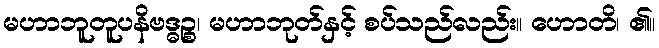
မဟာဘူတူပနိဗဒ္ဓဉ္စ၊ မဟာဘုတ်နှင့် စပ်သည်လည်း။ ဟောတိ၊ ၏။